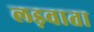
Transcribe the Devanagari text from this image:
लड़वाता